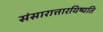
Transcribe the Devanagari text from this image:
संसारात्तारयिष्यति